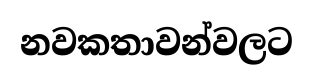
නවකතාවන්වලට